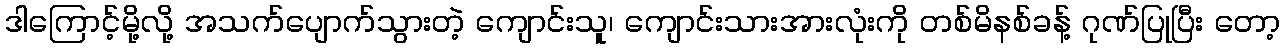
ဒါကြောင့်မို့လို့ အသက်ပျောက်သွားတဲ့ ကျောင်းသူ၊ ကျောင်းသားအားလုံးကို တစ်မိနစ်ခန့် ဂုဏ်ပြုပြီး တော့